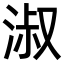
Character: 淑